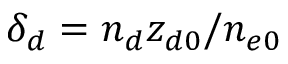
\delta _ { d } = n _ { d } z _ { d 0 } / n _ { e 0 }